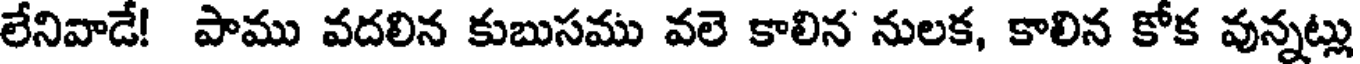
లేనివాడే! పాము వదలిన కుబుసము వలె కాలిన నులక, కాలిన కోక వున్నట్లు